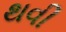
થવી